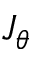
J _ { \theta }